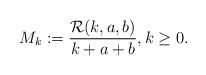
LaTeX: \begin{align*}M_{k}:=\frac{\mathcal{R}(k,a,b)}{k+a+b},k\geq 0.\end{align*}